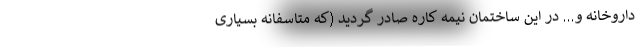
داروخانه و… در این ساختمان نیمه کاره صادر گردید (که متاسفانه بسیاری